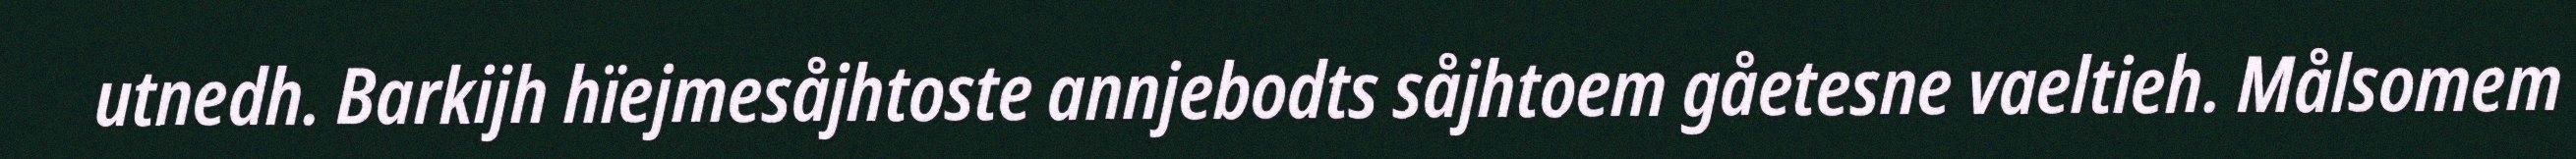
utnedh. Barkijh hïejmesåjhtoste annjebodts såjhtoem gåetesne vaeltieh. Målsomem